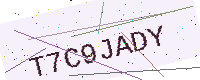
Text: T7C9JADY